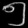
Digit: ၅